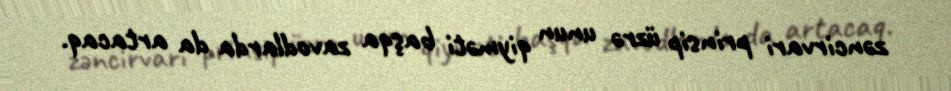
zəncirvari prinsip üzrə unun qiyməti başqa zavodlarda da artacaq.